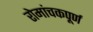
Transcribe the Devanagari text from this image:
रोमांचकपूर्ण